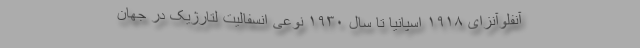
آنفلوآنزای ۱۹۱۸ اسپانیا تا سال ۱۹۳۰ نوعی انسفالیت لتارژیک در جهان